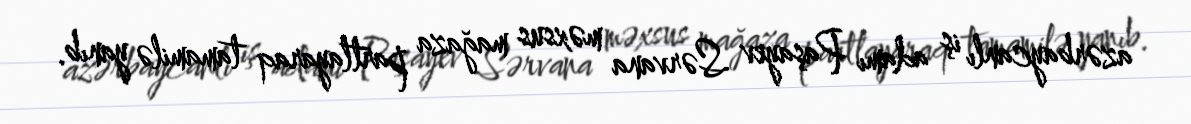
azərbaycanlı iş adamı Paşayev Sərvana məxsus mağaza partlayaraq tamamilə yanıb.